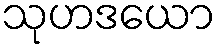
သုဟဒယော